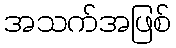
အသက်အဖြစ်